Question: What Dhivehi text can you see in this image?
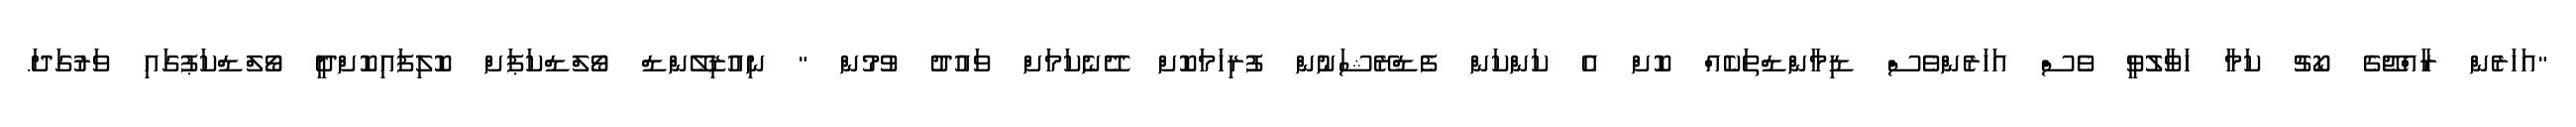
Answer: "އަހަރެން ރާއްޖޭގެ ކޯޗު ކަމާ ހަވާލުވީ ވެސް އަހަރެންވެސް ޑިމާންޑްތަކެއް ކޮށް އެ ކަންކަން ފެޑްރޭޝަނުން ފުރިހަމަކޮށް ދޭނެކަމަށް ވައުދު ވުމުން " ނިއުޒިލޭންޑް ވޯލްޑްކަޕަށް ކޮލިފައިކޮށްދީ ވޯލްޑްކަޕުގައި ވަރުގަދަ.